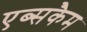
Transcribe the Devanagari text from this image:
एब्सकैम